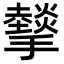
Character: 𢸧